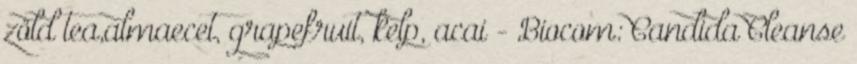
zöld tea,almaecet, grapefruit, kelp, acai - Biocom: Candida Cleanse